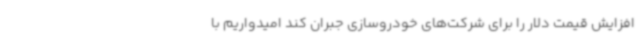
افزایش قیمت دلار را برای شرکت‌های خودروسازی جبران کند امیدواریم با